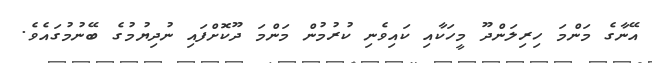
އޭނާގެ މަންމަ ހިރިލަންދޫ މީހަކާއި ކައިވެނި ކުރުމުން މަންމަ ދޫކޮށްފައި ނުދިޔުމުގެ ބޭނުމުގައެވެ.